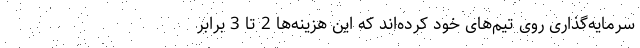
سرمایه‌گذاری روی تیم‌های خود کرده‌اند که این هزینه‌ها 2 تا 3 برابر